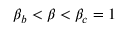
\beta _ { b } < \beta < \beta _ { c } = 1